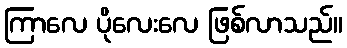
ကြာလေ ပိုလေးလေ ဖြစ်လာသည်။